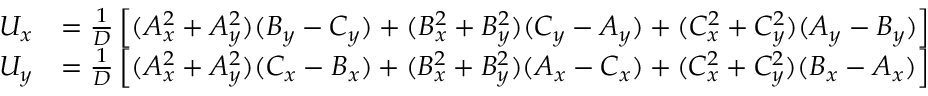
{ \begin{array} { r l } { U _ { x } } & { = { \frac { 1 } { D } } \left[ ( A _ { x } ^ { 2 } + A _ { y } ^ { 2 } ) ( B _ { y } - C _ { y } ) + ( B _ { x } ^ { 2 } + B _ { y } ^ { 2 } ) ( C _ { y } - A _ { y } ) + ( C _ { x } ^ { 2 } + C _ { y } ^ { 2 } ) ( A _ { y } - B _ { y } ) \right] } \\ { U _ { y } } & { = { \frac { 1 } { D } } \left[ ( A _ { x } ^ { 2 } + A _ { y } ^ { 2 } ) ( C _ { x } - B _ { x } ) + ( B _ { x } ^ { 2 } + B _ { y } ^ { 2 } ) ( A _ { x } - C _ { x } ) + ( C _ { x } ^ { 2 } + C _ { y } ^ { 2 } ) ( B _ { x } - A _ { x } ) \right] } \end{array} }